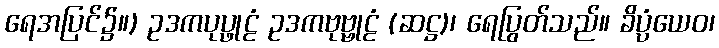
ရေအပြင်၌။) ဥဒကပုပ္ဖုဠံ ဥဒကဗုဗ္ဗုဠံ (ဆဋ္ဌ)၊ ရေပြွတ်သည်။ ခိပ္ပံယေဝ၊